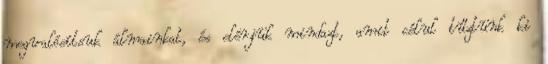
megvalósítsuk álmainkat, és elérjük mindazt, amit célul tűztünk ki